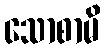
သောစာမိ